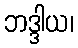
ဘဒ္ဒါယ၊